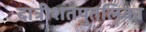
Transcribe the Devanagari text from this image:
दात्रीशतपुतलिका